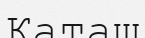
Каташ